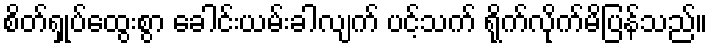
စိတ်ရှုပ်ထွေးစွာ ခေါင်းယမ်းခါလျက် ပင့်သက် ရိုက်လိုက်မိပြန်သည်။